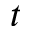
t